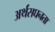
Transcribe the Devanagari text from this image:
अर्थसघनता